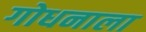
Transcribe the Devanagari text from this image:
गोधनाला